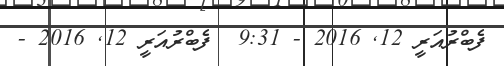
ފެބްރުއަރީ 12